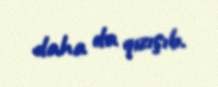
daha da qızışıb.